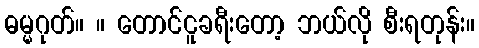
ဓမ္မဂုတ်။ ။ တောင်ငူခရီးတော့ ဘယ်လို စီးရတုန်း။